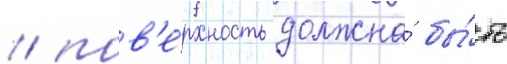
/ пов'е́рхность должна́ бы́ть